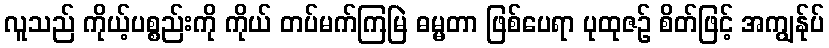
လူသည် ကိုယ့်ပစ္စည်းကို ကိုယ် တပ်မက်ကြမြဲ ဓမ္မတာ ဖြစ်ပေရာ ပုထုဇဉ် စိတ်ဖြင့် အကျွန်ုပ်